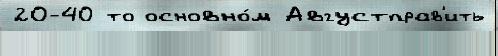
20-40 то основно́м Августправ'ить